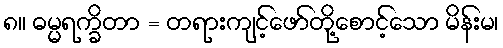
၈။ ဓမ္မရက္ခိတာ = တရားကျင့်ဖော်တို့စောင့်သော မိန်းမ၊